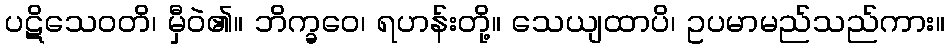
ပဋိသေဝတိ၊ မှီဝဲ၏။ ဘိက္ခဝေ၊ ရဟန်းတို့။ သေယျထာပိ၊ ဥပမာမည်သည်ကား။